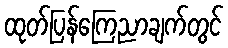
ထုတ်ပြန်ကြေညာချက်တွင်